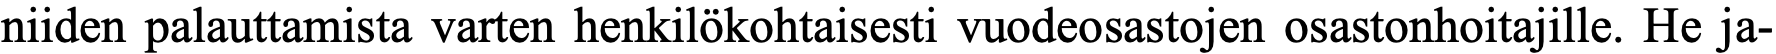
niiden palauttamista varten henkilökohtaisesti vuodeosastojen osastonhoitajille. He ja-